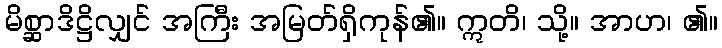
မိစ္ဆာဒိဋ္ဌိလျှင် အကြီး အမြတ်ရှိကုန်၏။ ဣတိ၊ သို့။ အာဟ၊ ၏။